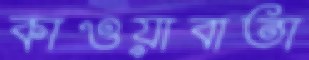
কাওয়াবাতা